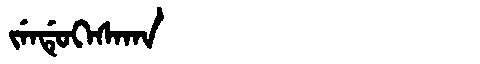
Manchu: ᠵᡝᠨᡩᡠᡴᡝᠰᠠᡴᠠ
Romanization: JENDUKESAKA